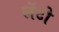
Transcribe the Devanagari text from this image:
लेंटो